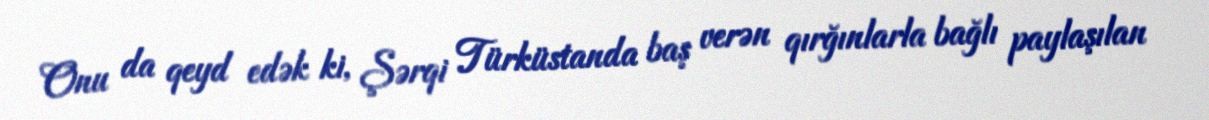
Onu da qeyd edək ki, Şərqi Türküstanda baş verən qırğınlarla bağlı paylaşılan